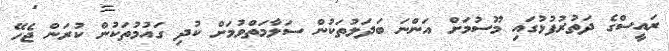
ރައީސްގެ ދަތުރުފުޅުގައި މޫސުމަށް އަންނަ ބަދަލުތަކުން ސަލާމަތްވުމަށް ކުދި ގައުމުތަކުން ކުރަން ޖެހޭ